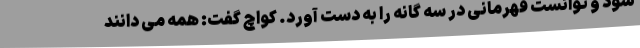
شود و توانست قهرمانی در سه گانه را به دست آورد. کواچ گفت: همه می دانند